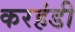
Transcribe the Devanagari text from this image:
करहंडी